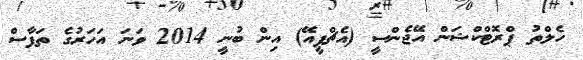
ހެލްތު ޕްރޮޓްކްޝަން އޭޖެންސީ (އެޗްޕީއޭ) އިން ބުނީ 2014 ވަނަ އަހަރުގެ ތަފާސް